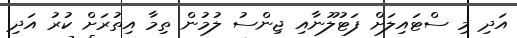
އަދި މި ސްޓައިލަށް ފަޓުލޫނާއި ޖިންސު ލުމުން ތިމާ އިތުރަށް ކުރު އަދި